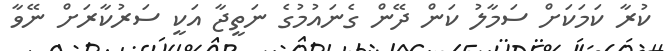
ކުރާ ކަމަކަށް ސަމާލު ކަން ދޭން ގެނައުމުގެ ނަތީޖާ އަކީ ސަރުކާރަށް ނޭވާ